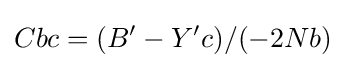
Cbc=(B'-Y'c)/(-2Nb)